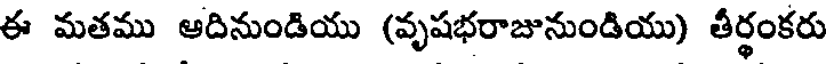
ఈ మతము ఆదినుండియు (వృషభరాజునుండియు) తీర్థంకరు